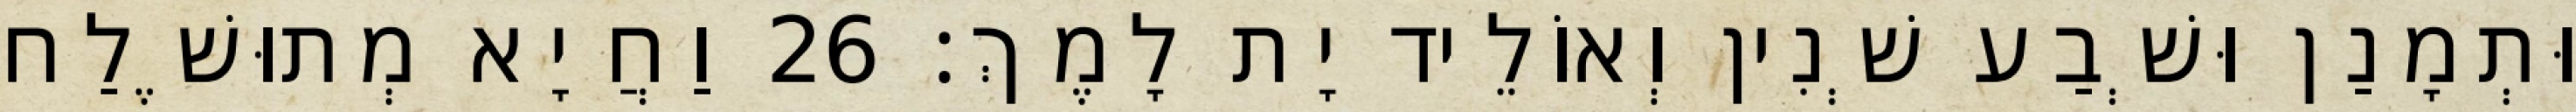
וּתְמָנַן וּשְׁבַע שְׁנִין וְאוֹלֵיד יָת לָמֶךְ׃ 26 וַחֲיָא מְתוּשֶׁלַח